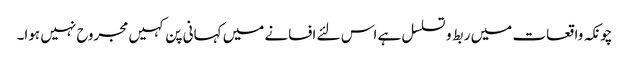
چونکہ واقعات میں ربط و تسلسل ہے اس لئے افسانے میں کہانی پن کہیں مجروح نہیں ہوا۔